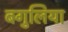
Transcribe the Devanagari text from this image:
बगुलिया